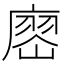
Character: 𢊞